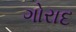
ગોરાદ